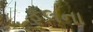
ફૂલના